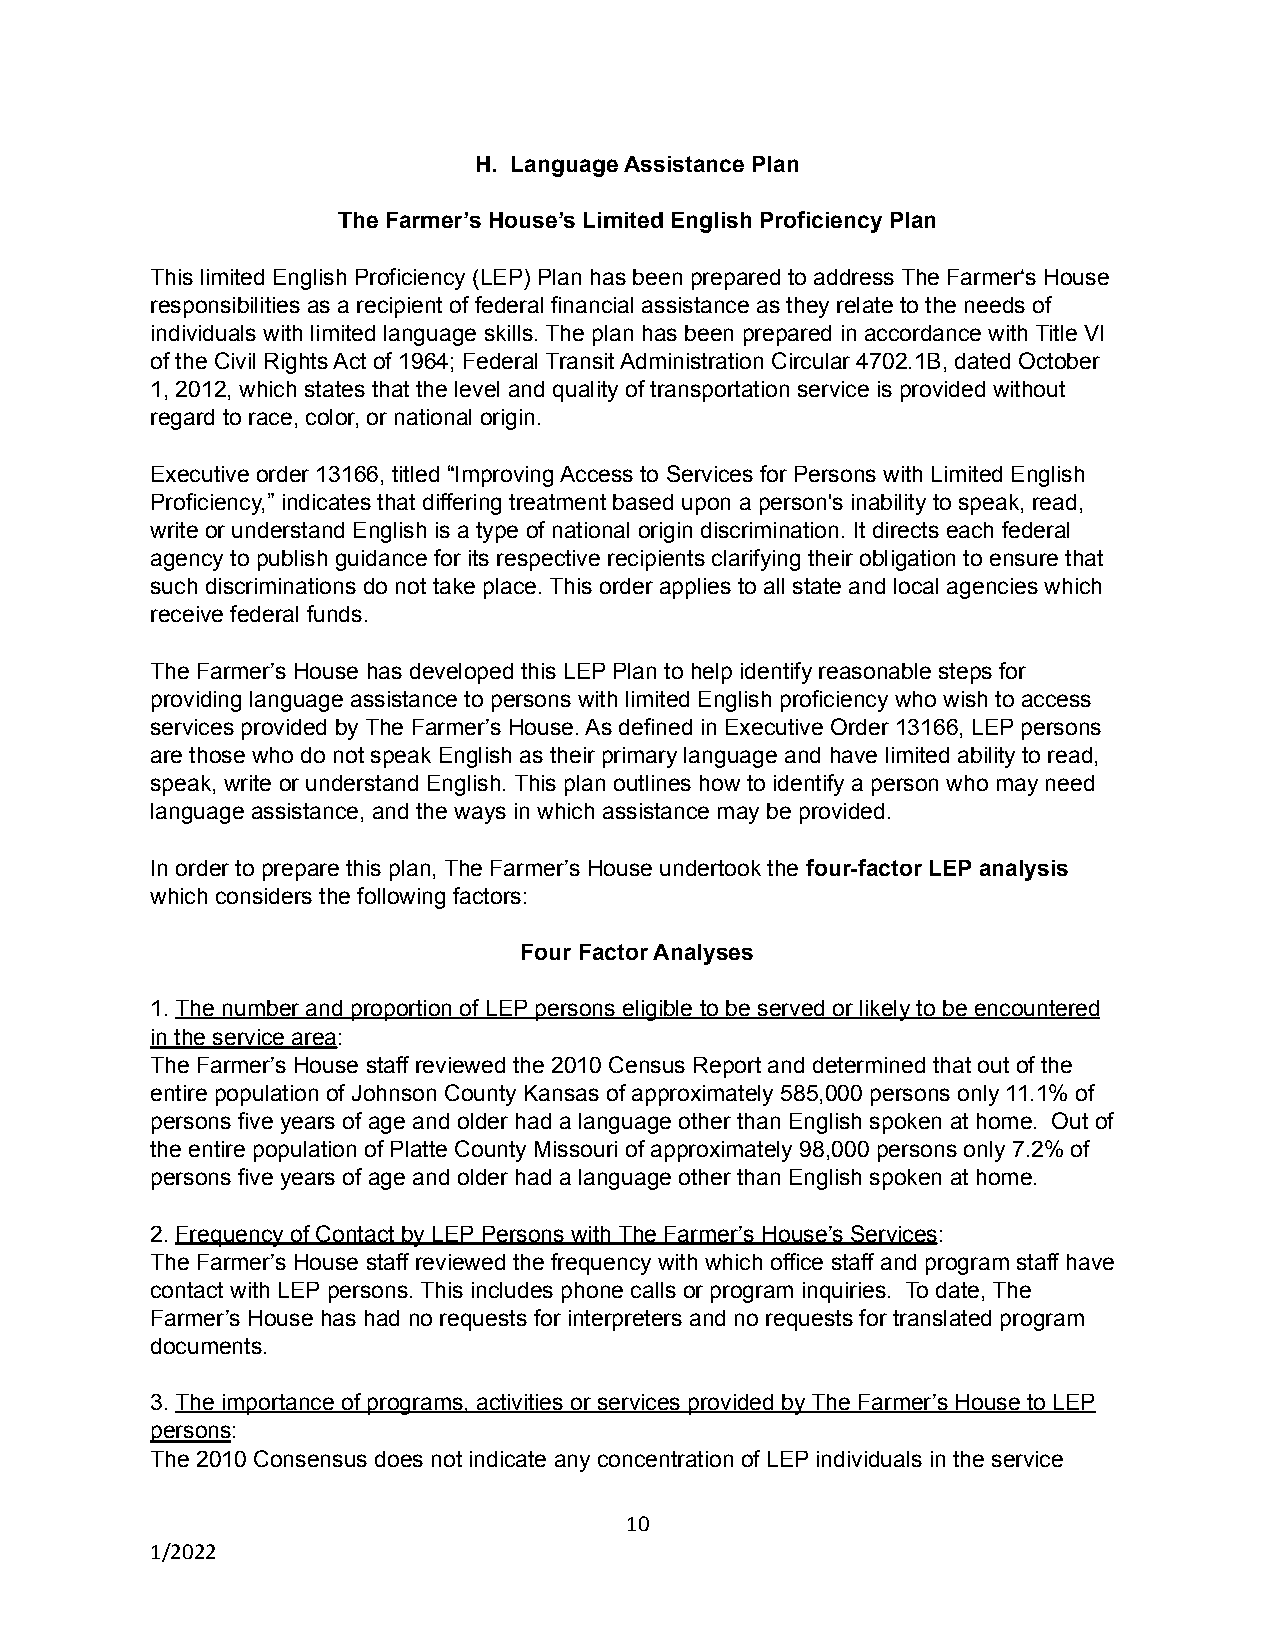
H. Language Assistance Plan
 The Farmer’s House’s Limited English Proficiency Plan
 This limited English Proficiency (LEP) Plan has been prepared to address The Farmer‘s House
 responsibilities as a recipient of federal financial assistance as they relate to the needs of
 individuals with limited language skills. The plan has been prepared in accordance with Title VI
 of the Civil Rights Act of 1964; Federal Transit Administration Circular 4702.1B, dated October
 1, 2012, which states that the level and quality of transportation service is provided without
 regard to race, color, or national origin.
 Executive order 13166, titled “Improving Access to Services for Persons with Limited English
 Proficiency,” indicates that differing treatment based upon a person's inability to speak, read,
 write or understand English is a type of national origin discrimination. It directs each federal
 agency to publish guidance for its respective recipients clarifying their obligation to ensure that
 such discriminations do not take place. This order applies to all state and local agencies which
 receive federal funds.
 The Farmer’s House has developed this LEP Plan to help identify reasonable steps for
 providing language assistance to persons with limited English proficiency who wish to access
 services provided by The Farmer’s House. As defined in Executive Order 13166, LEP persons
 are those who do not speak English as their primary language and have limited ability to read,
 speak, write or understand English. This plan outlines how to identify a person who may need
 language assistance, and the ways in which assistance may be provided.
 In order to prepare this plan, The Farmer’s House undertook the four-factor LEP analysis
 which considers the following factors:
 Four Factor Analyses
 1. The number and proportion of LEP persons eligible to be served or likely to be encountered
 in the service area:
 The Farmer’s House staff reviewed the 2010 Census Report and determined that out of the
 entire population of Johnson County Kansas of approximately 585,000 persons only 11.1% of
 persons five years of age and older had a language other than English spoken at home. Out of
 the entire population of Platte County Missouri of approximately 98,000 persons only 7.2% of
 persons five years of age and older had a language other than English spoken at home.
 2. Frequency of Contact by LEP Persons with The Farmer’s House’s Services:
 The Farmer’s House staff reviewed the frequency with which office staff and program staff have
 contact with LEP persons. This includes phone calls or program inquiries. To date, The
 Farmer’s House has had no requests for interpreters and no requests for translated program
 documents.
 3. The importance of programs, activities or services provided by The Farmer’s House to LEP
 persons:
 The 2010 Consensus does not indicate any concentration of LEP individuals in the service
 10
 1/2022